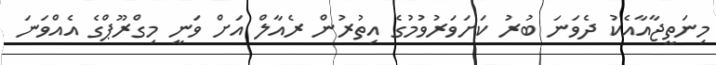
މިނަތީޖާއާއެކު ދެވަނަ ބުރު ކަށަވަރުވުމުގެ އިތުރުން ރެއާލް އަށް ވަނީ މިގްރޫޕްގެ އެއްވަނަ